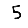
Digit: 5